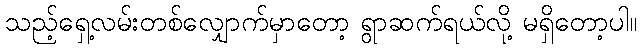
သည့်ရှေ့လမ်းတစ်လျှောက်မှာတော့ ရွာဆက်ရယ်လို့ မရှိတော့ပါ။